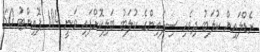
ރެޑްލައިން ކުލަބު ދިވެހި ސިފައިންގެ ކުލަބު ބަލިކޮށްފައި ވަނީ 104 ޕޮއިންޓު 60